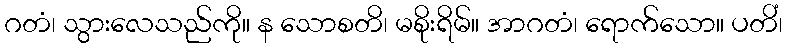
ဂတံ၊ သွားလေသည်ကို။ န သောစတိ၊ မစိုးရိမ်။ အာဂတံ၊ ရောက်သော။ ပတိံ၊